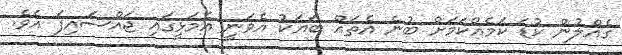
ގެއްލުން ކުޑަ ކަމެއްކަމަށް ބުނެ އެތައް ބަޔަކު އެވަނީ އެމަޅީގައި ޖައްސައިފަ އެވެ.